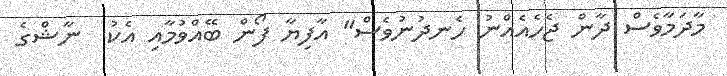
މާދަމާވެސް ދާން ޖެހެއެއްނު ހެނދުނުވެސް" އާފިޔާ ފޯން ބޭއްވުމާއި އެކު  ނާޝްގެ